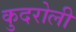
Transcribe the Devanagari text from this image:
कुदरोली